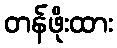
တန်ဖိုးထား